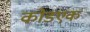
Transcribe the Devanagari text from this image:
कोडएक